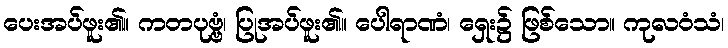
ပေးအပ်ဖူး၏။ ကတပုဗ္ဗံ၊ ပြုအပ်ဖူး၏။ ပေါရာဏံ၊ ရှေး၌ ဖြစ်သော။ ကုလဝံသံ၊